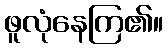
ဖူလုံနေကြ၏။